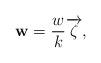
LaTeX: \begin{align*}\mathbf{w}=\frac{w}{k}\overrightarrow{\zeta},\end{align*}